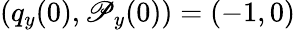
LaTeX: (q_{y}(0),\mathscr{P}_{y}(0))=(-1,0)